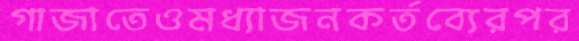
গাজাতেওমধ্যাজনকর্তব্যেরপর